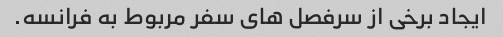
ایجاد برخی از سرفصل های سفر مربوط به فرانسه.